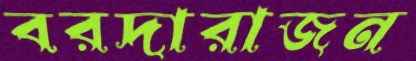
বরদারাজন